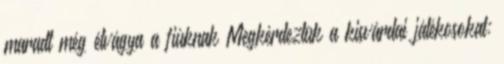
maradt még étvágya a fiúknak Megkérdeztük a kisvárdai játékosokat: